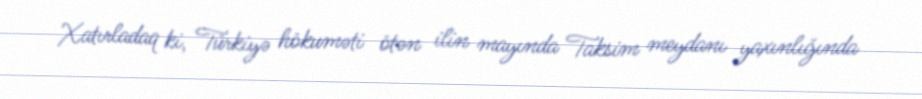
Xatırladaq ki, Türkiyə hökuməti ötən ilin mayında Taksim meydanı yaxınlığında